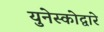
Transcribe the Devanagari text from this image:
युनेस्कोद्वारे